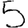
Digit: 5